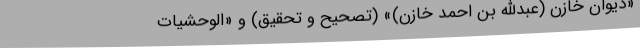
«دیوان خازن (عبداللّه بن احمد خازن)» (تصحیح و تحقیق) و «الوحشیات